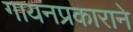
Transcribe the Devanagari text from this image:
गायनप्रकाराने